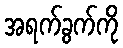
အရက်ခွက်ကို